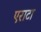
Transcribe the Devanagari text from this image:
एराटा